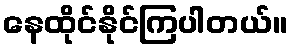
နေထိုင်နိုင်ကြပါတယ်။